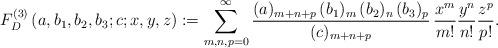
LaTeX: \begin{align*}F_D^{(3)}\left(a,b_1,b_2,b_3;c;x,y,z\right):=\sum_{m,n,p=0}^\infty\frac{(a)_{m+n+p}\,(b_1)_{m}\,(b_2)_{n}\,(b_3)_{p}}{(c)_{m+n+p}}\,\frac{x^{m}}{m!}\frac{y^{n}}{n!}\frac{z^{p}}{p!}.\end{align*}